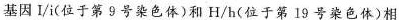
基因I/i(位于第9号染色体)和H/h(位于第19号染色体)相